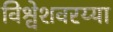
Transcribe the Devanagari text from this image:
विश्वेशवरय्या